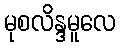
မုစလိန္ဒမူလေ